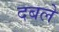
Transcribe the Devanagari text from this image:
दबले